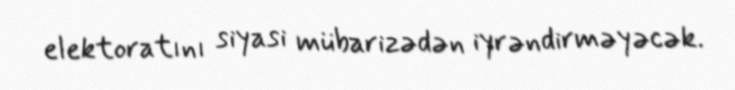
elektoratını siyasi mübarizədən iyrəndirməyəcək.